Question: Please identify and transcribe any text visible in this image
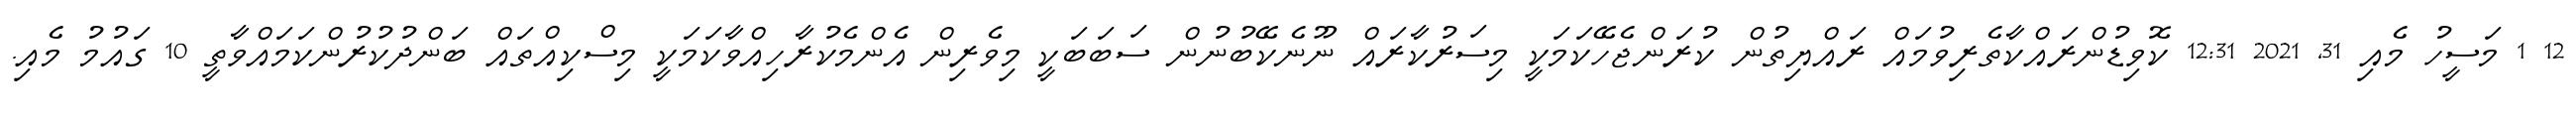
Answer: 12 1 މަސީހު މެއި 31, 2021 12:31 ކޮވިޑުންރައްކާތެރިވުމައް ރައްޔިތުން ކުރަންޖެހޭކަމަކީ މިސަރުކާރައް ނޫނެކޭބުނުން ސަބަބަކީ މިވެރިން އެންމެކުރާހިއްވާކަމަކީ މިސްކިއްތައް ބަންދުކުރުންކަމައްވާތީ 10 ގައުމު މެއި.